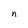
Character: n